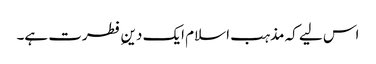
اس لیے کہ مذہب اسلام ایک دینِ فطرت ہے۔